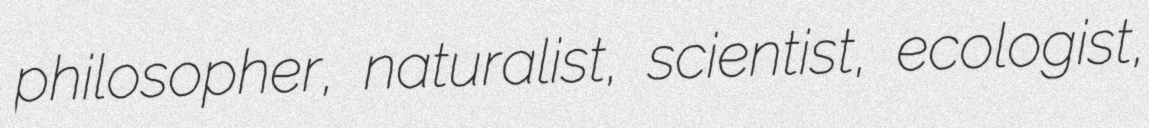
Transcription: philosopher, naturalist, scientist, ecologist,